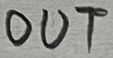
Text: OUT